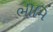
ભીમિ